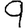
Digit: 9